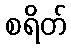
စရိတ်